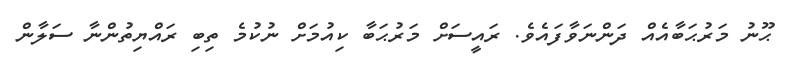
ޙޫނު މަރުޙަބާއެއް ދަންނަވާފައެވެ. ރައީސަށް މަރުޙަބާ ކިއުމަށް ނުކުމެ ތިބި ރައްޔިތުންނާ ސަލާން